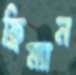
ফ্রিম্যান